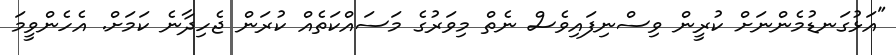
"އަޅުގަނޑުމެންނަށް ކުރީން ވިސްނިފައިވެސް ނެތް މިވަރުގެ މަސައްކަތެއް ކުރަން ޖެހިދާނެ ކަމަށް. އެހެންވީމަ